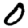
Digit: 0